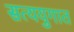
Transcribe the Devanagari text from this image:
सत्ययुगात